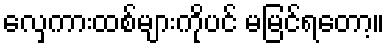
လှေကားထစ်များကိုပင် မမြင်ရတော့။